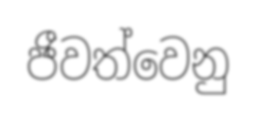
ජීවත්වෙනු